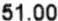
51.00